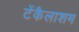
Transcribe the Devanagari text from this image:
टेंकैलाशम